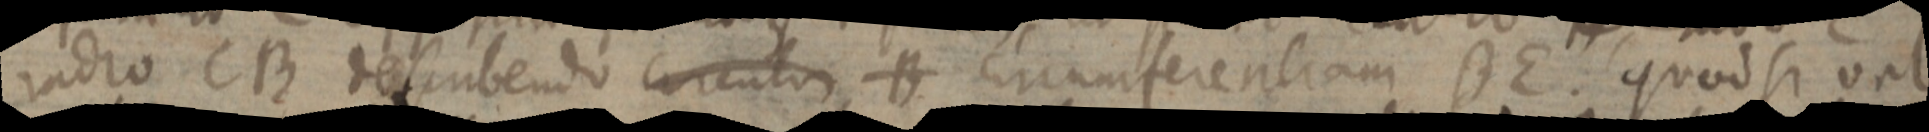
radio CB descubendo circulis B circumferentiam DE. quod si vel